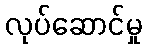
လုပ်ဆောင်မှု